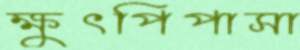
ক্ষুৎপিপাসা